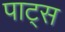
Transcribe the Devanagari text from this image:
पाट्स